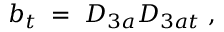
b _ { t } \; = \; D _ { 3 a } D _ { 3 a t } \; ,